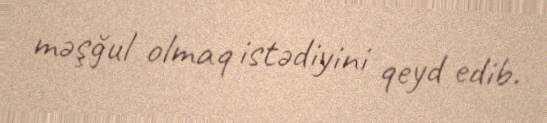
məşğul olmaq istədiyini qeyd edib.